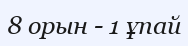
8 орын - 1 ұпай